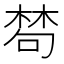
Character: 𣕽